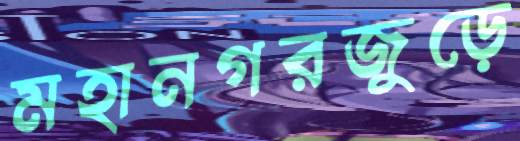
মহানগরজুড়ে